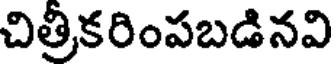
చిత్రీకరింపబడినవి